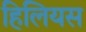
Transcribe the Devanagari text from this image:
हिलियस